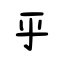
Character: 乎